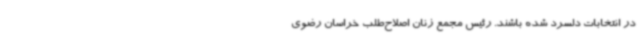
در انتخابات دلسرد شده باشند. رئیس مجمع زنان اصلاح‌طلب خراسان رضوی